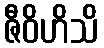
ဇီဝိဟိသိ